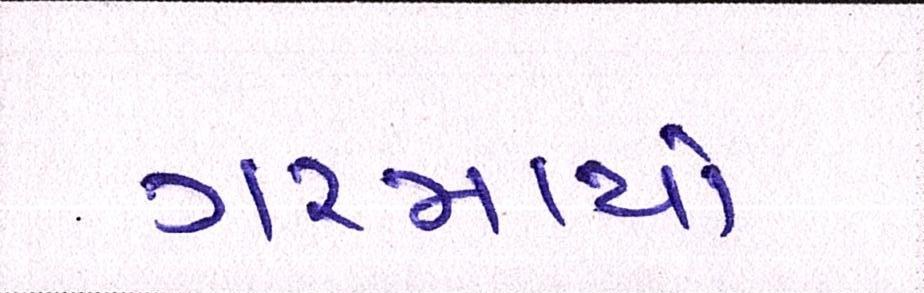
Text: ગરમાયો